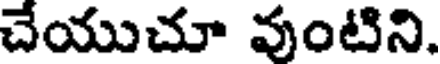
చేయుచూ వుంటిని.